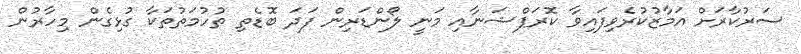
ސަރުކާރަށް އަމާޒުކުރެވިފައިވާ ކޮރަޕްޝަނާއި މަނީ ލޯންޑަރިން ފަދަ ބޮޑެތި ތުހުމަތުތަކާ ގުޅިގެން މިހާރުން